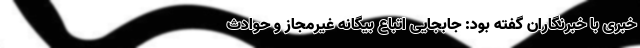
خبری با خبرنگاران گفته بود: جابجایی اتباع بیگانه غیرمجاز و حوادث